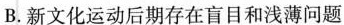
B.新文化运动后期存在盲目和浅薄问题